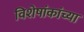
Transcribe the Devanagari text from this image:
विशेषांकांच्या